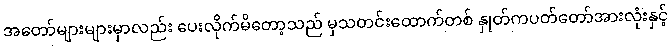
အတော်များများမှာလည်း ပေးလိုက်မိတော့သည် မှသတင်းထောက်တစ် နှုတ်ကပတ်တော်အားလုံးနှင့်